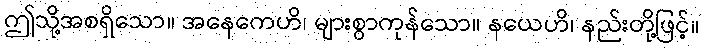
ဤသို့အစရှိသော။ အနေကေဟိ၊ များစွာကုန်သော။ နယေဟိ၊ နည်းတို့ဖြင့်။